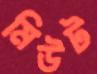
মিউট